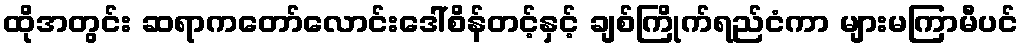
ထိုအတွင်း ဆရာကတော်လောင်းဒေါ်စိန်တင့်နှင့် ချစ်ကြိုက်ရည်ငံကာ များမကြာမီပင်